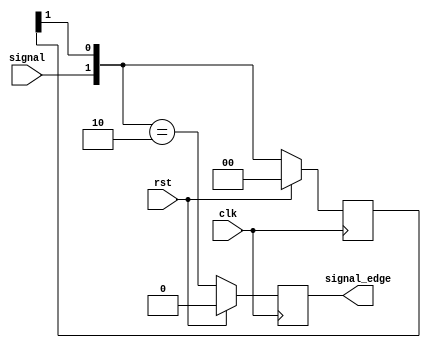

`timescale 1ns / 1ps


module RisingEdgeDetector(
    input clk,
    input rst,
    input signal,
    output reg signal_edge
    );
    
    reg [1:0] signal_edge_internal;
    
    always @(posedge clk) begin
            
            if(rst) begin 
                signal_edge = 0;
                signal_edge_internal = 2'b0;
            end
            else begin
            signal_edge_internal = {signal, signal_edge_internal[1]};
            signal_edge = (signal_edge_internal == 2'b10);
            end   
    end 
endmodule